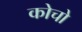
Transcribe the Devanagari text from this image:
कोचो